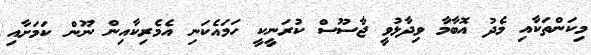
މިކަންތަކާއި މެދު އޮބާމާ ވިދާޅުވީ ޖާސޫސް ކުރަނީކީ ހަމައެކަނި އެމެރިކާއިން ނޫން ކަމަށާއި